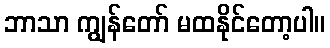
ဘာသာ ကျွန်တော် မထနိုင်တော့ပါ။